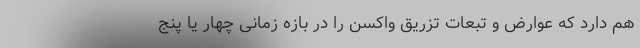
هم دارد که عوارض و تبعات تزریق واکسن را در بازه زمانی چهار یا پنج